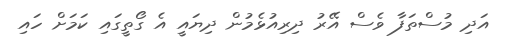
އަދި މުސްތަފާ ވެސް އޭރު ދިރިއުޅެމުން ދިޔައީ އެ ގޯތީގައި ކަމަށް ހައި